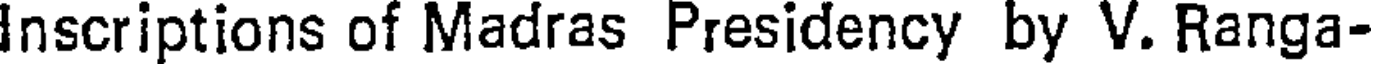
Inscriptions of Madras Presidency by V. Ranga-